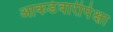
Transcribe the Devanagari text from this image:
आकडेवारीपेक्षा